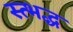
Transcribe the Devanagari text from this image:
स्त्भद्ध